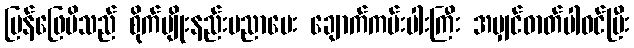
ပြန်ဖြေမိသည် စိုက်ပျိုးနည်းပညာပေး ချောက်ကမ်းပါးကြီး အမျှင်ဓာတ်ပါဝင်ပြီး